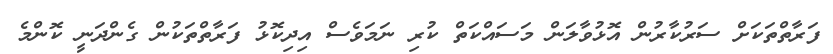
ފަރާތްތަކަށް ސަރުކާރުން އޮޅުވާލަން މަސައްކަތް ކުރި ނަމަވެސް އިދިކޮޅު ފަރާތްތަކުން ގެންދަނީ ކޮންމެ